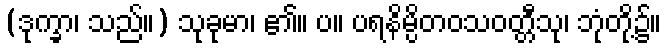
(ဒုက္ခာ၊ သည်။) သုခုမာ၊ ၏။ ပ။ ပရနိမ္ပိတဝသဝတ္တီသု၊ ဘုံတို့၌။